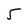
Character: 5